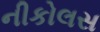
નીકોલસ